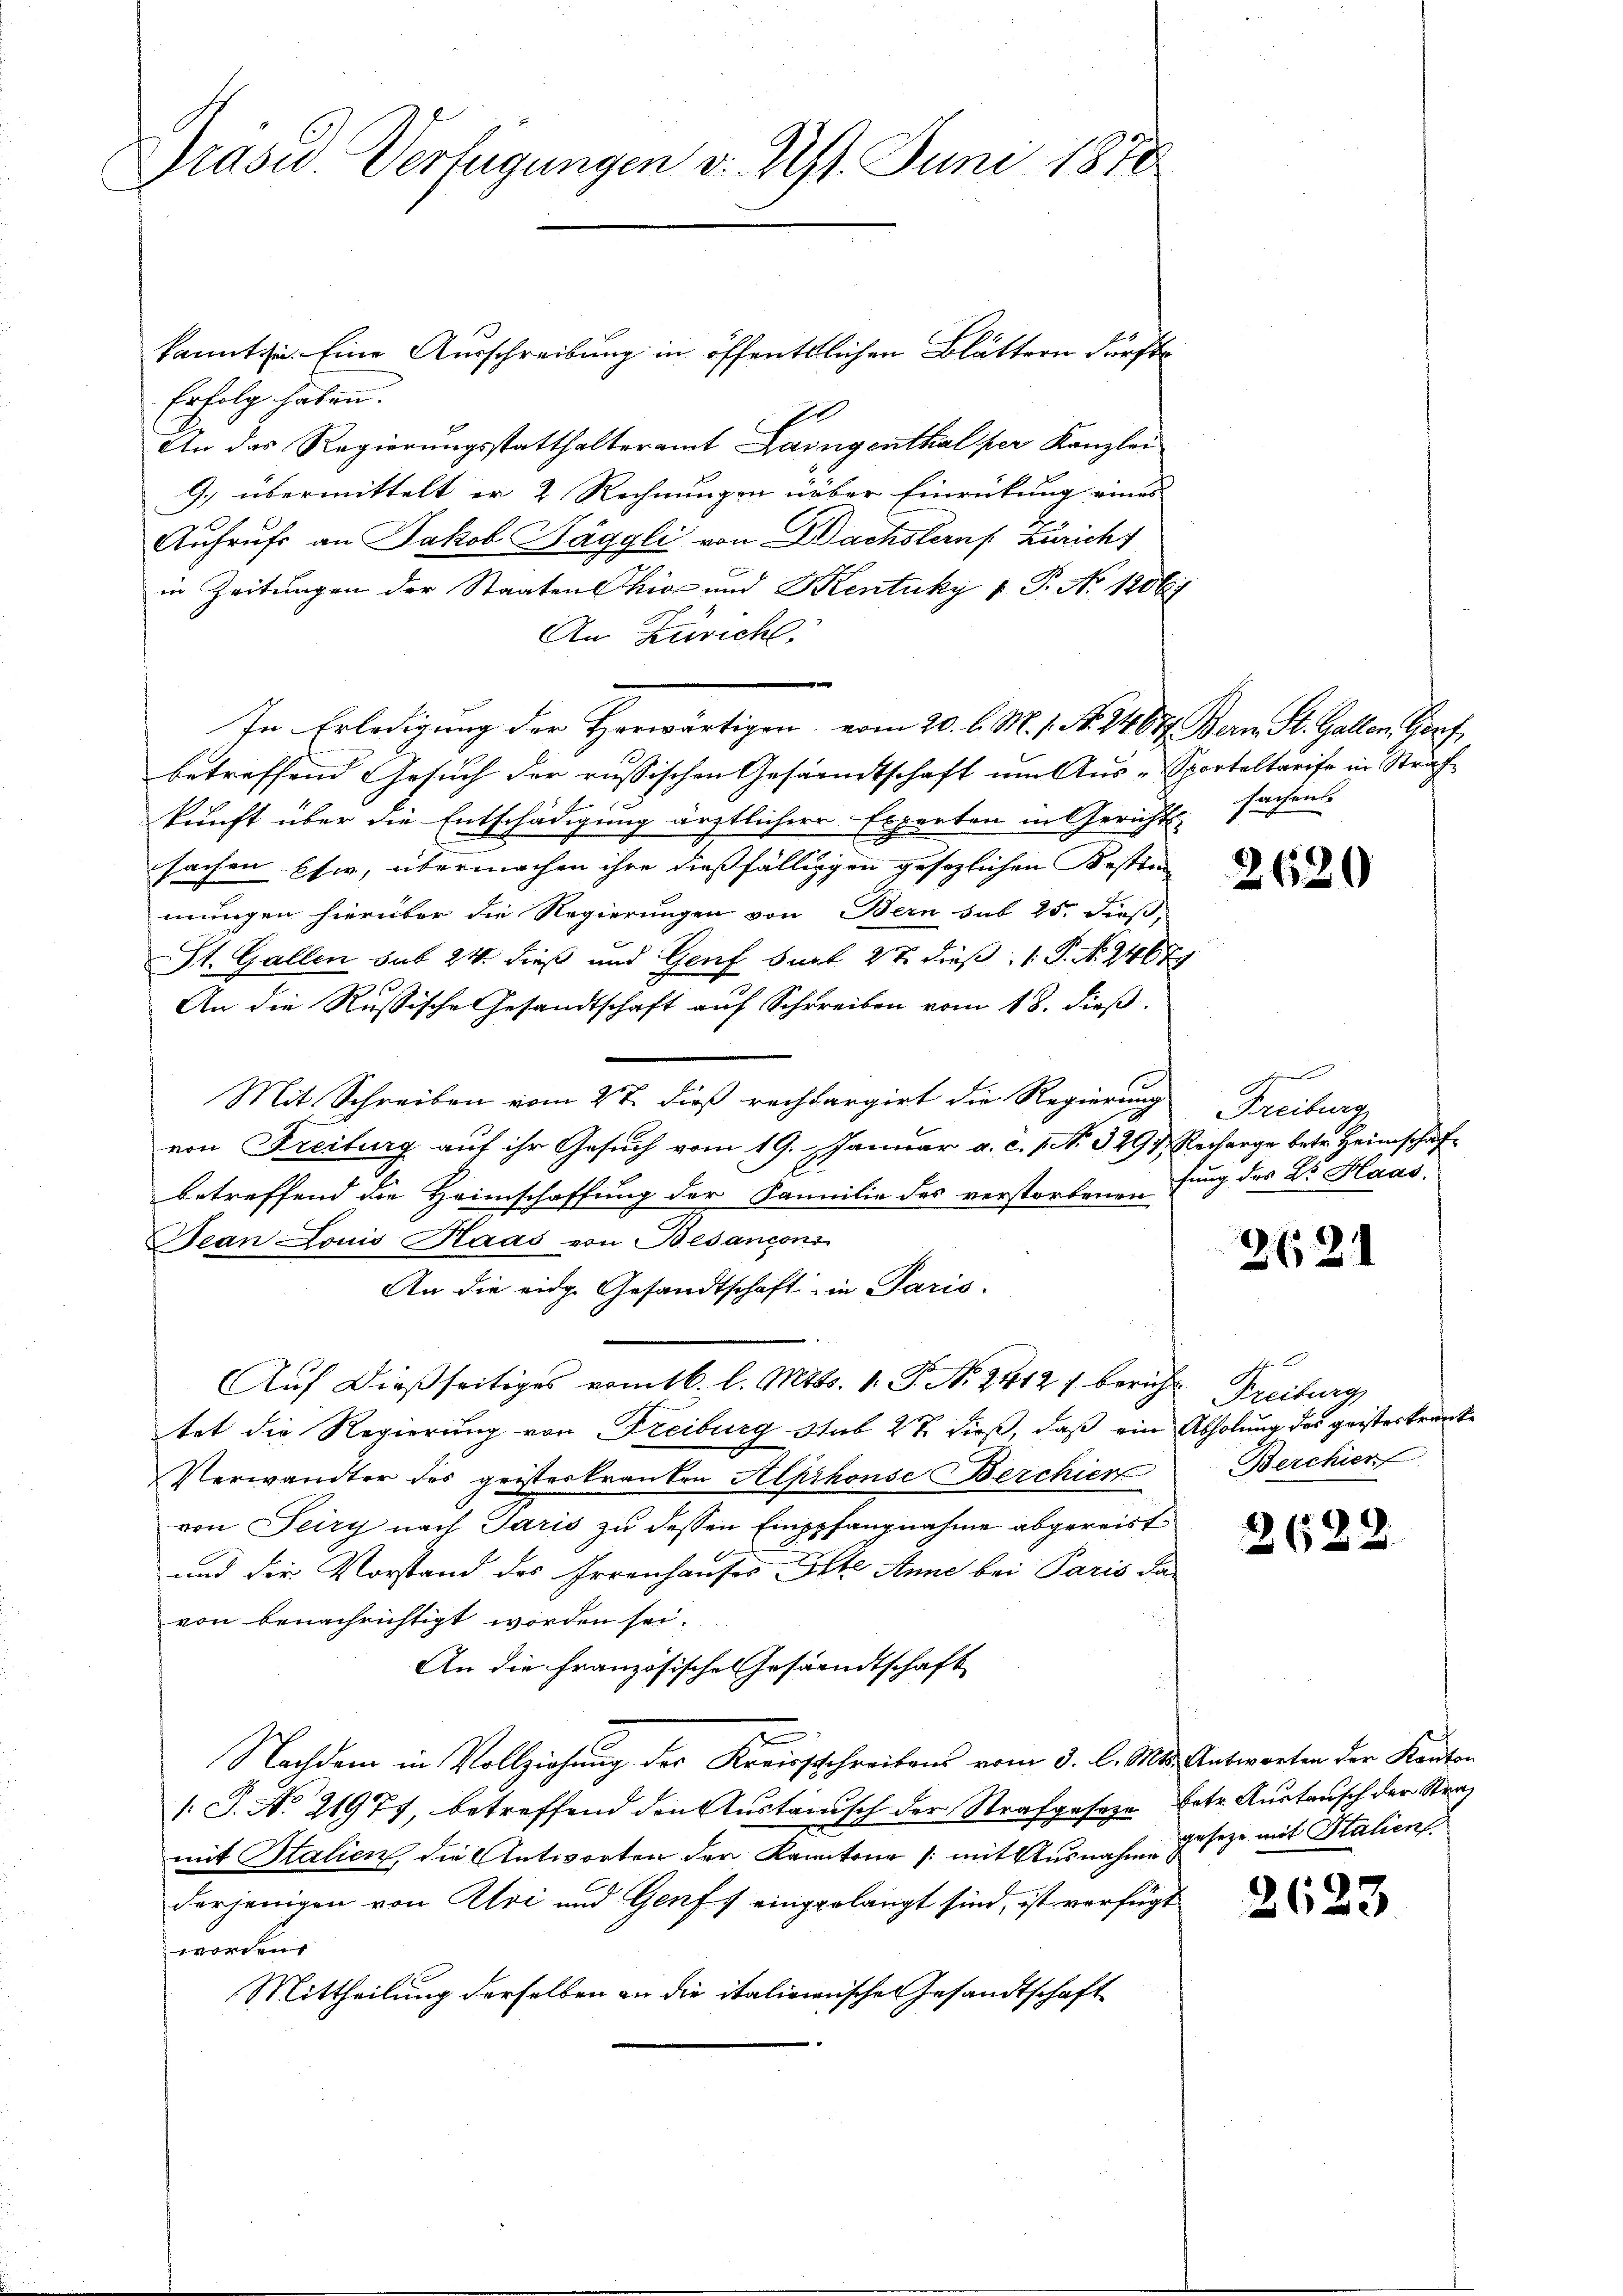
Grasw. Verfügungen v. 11. Juni 1878

kannt ihn. Eine Ausschreibung in öffentlichen Blättern dürfte
Erfolg haben.
An das Regierungsstatthalteramt Langenthal per Kanzlei
9.) übermittelt er 2 Rechnungen über Einrückung eines
Aufrufs an Jakob Häggli von Dachstern Zürich
in Zeitungen der Staaten Chio und Kentuky v P. No 1206/
An Züricht.
In Erledigung der Horwärtigen, vom 20. l. M. 1. No. 14677. Bern, St. Gallen Gorf
betreffend Gesuch der russischen Gesammtschaft um Aus-Sporteltarife in Strafe
kunft über die Entschädigung ärztlicherr Esperten in Gerichts-
sachen Ehe, übermachen ihre dießfälliggen gesezlichen Kosten
mungen hierüber die Regierungen von Bern sub 25. dieß,
St. Gallen sub 24 dieß und Genf Bart 27 dieß, 1 P. N. 2467
An die Russische Gesandtschaft auf Schreiben vom 18. dieß.
Mit Schreiben vom 27. dieß rechbargirt die Regierung
von Freiburg auf ihr Gesuch vom 19. Januar a. c. 1 N. 3297
betreffend die Heimschaffung der Familie des verstorbenen
Jean Louis Haas von Besancons
An die eidg. Gesandtschaft in Paris.
Auf dießseitiges vom 16. l. Mts. 1. P. N. 2412 / bericht
tet die Regierung von Freiburg sub 22 dieß, daß ein
Verwandter des geisterkranken Alphonse Berchiert
von Feiry nach Paris zu dessen Emppfangnahme abgereist
und der Vorstand des Irrenhauses Orte Anne bei Paris das
von benachrichtigt worden sei.
An die Französisches Gesandtschaft
Nachdem in Vollziehung der Kreisschreibens vom 3. l. Mts. Antworten der Kanton
1: J. No 21977, betreffend den Austrisch der Strafgesetze betr. Austausch der Straf
mit Statien die Antworten der Kantone /: mit Ausnahm geseze mit Stalien
derjenigen von Alvi und Genf f eingelangt sind, ist verfügt
worden.
Mittheilung derselben an die italienischen Gesandtschaft

sachens

2620

Freiburg
Recharge betr. Heimschaf
fung des Dr. Haas.

2621

Freiburg
Abholung des geisterkranke
Berchier

2622

2623